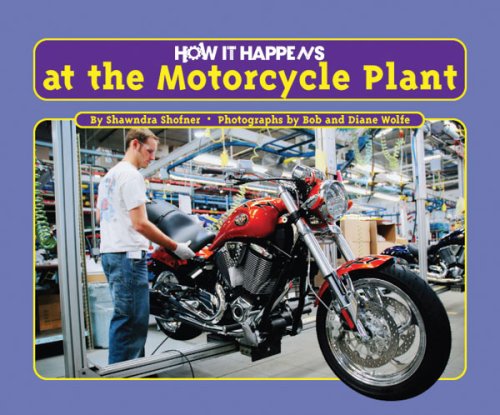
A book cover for How It Happens at the Motorcycle Plant; Shawndra Shofner; Children's Books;